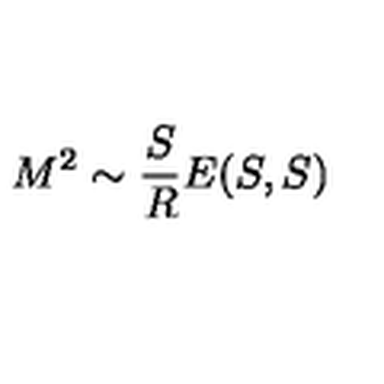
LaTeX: M ^ { 2 } \sim \frac { S } { R } E ( S , S )